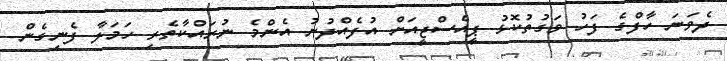
ދެވަނަ ހާފްގެ ފަހު ވަގުތުކޮޅު ޕީއެސްޖީއަށް އުފެއްދުނު އެންމެ ނުރައްކާތެރި ހަމަލާ ފެނިގެން